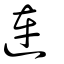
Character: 連